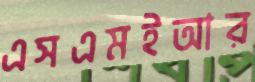
এসএমইআর